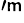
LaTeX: ^{\prime\mathsf{m}}